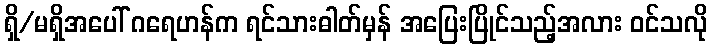
ရှိ/မရှိအပေါ် ဂရေဟန်က ရင်သားဓါတ်မှန် အပြေးပြိုင်သည့်အလား ဝင်သလို